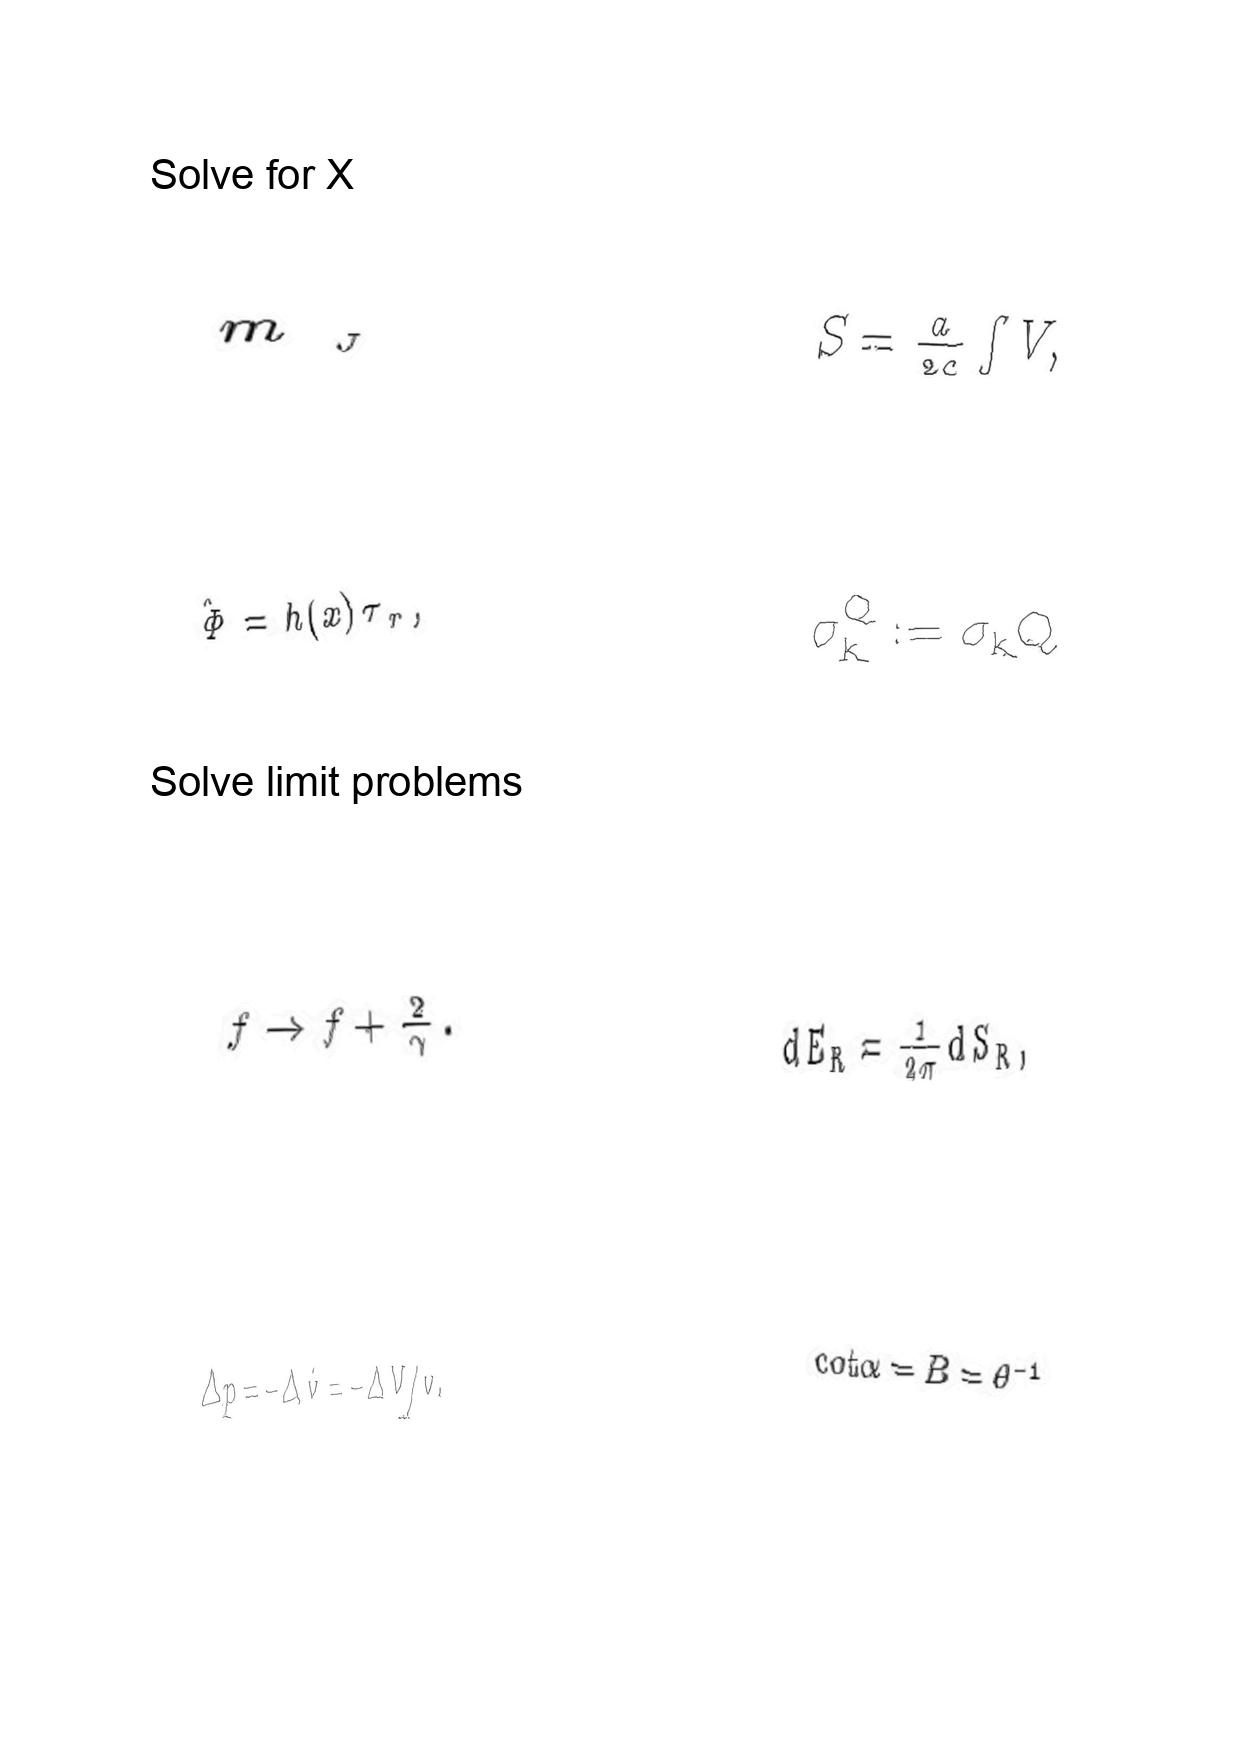
LaTeX transcription:
m _ { _ { J } }
\hat { \Phi } = h \lparen x \rparen \tau _ { r } ,
f \rightarrow f + \frac { 2 } { \gamma } .
\Delta p = - \Delta \dot { v } = - \Delta V / v .
S = \frac { a } { 2 c } \int V ,
\sigma _ { k } ^ { Q } : = \sigma _ { k } Q
d E _ { R } = \frac { 1 } { 2 \pi } d S _ { R } ,
\mathrm { c o t } \alpha = B = \theta ^ { - 1 }